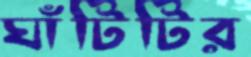
ঘাঁটিটির